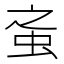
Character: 𧉌